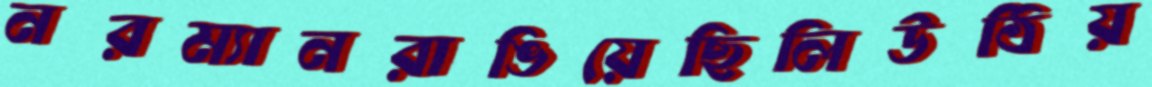
নরম্যানরাঙিয়েছিলিউঠিয়